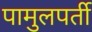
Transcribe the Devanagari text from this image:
पामुलपर्ती